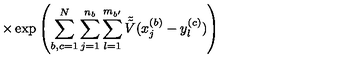
\times \exp \left( \sum _ { b , c = 1 } ^ { N } \sum _ { j = 1 } ^ { n _ { b } } \sum _ { l = 1 } ^ { m _ { b ^ { \prime } } } \tilde { \tilde { V } } ( x _ { j } ^ { ( b ) } - y _ { l } ^ { ( c ) } ) \right)